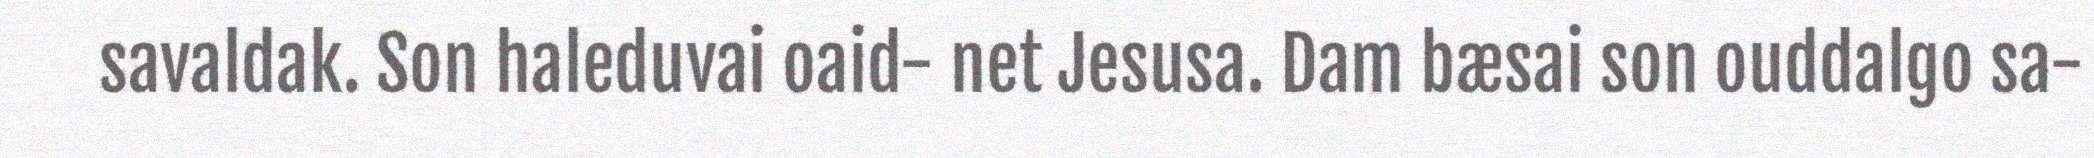
savaldak. Son haleduvai oaid- net Jesusa. Dam bæsai son ouddalgo sa-